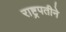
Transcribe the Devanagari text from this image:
राष्ट्रपतीने